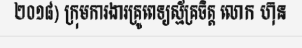
២០១៨) ក្រុមការងារគ្រូពេទ្យស្ម័គ្រចិត្ត លោក ហ៊ុន